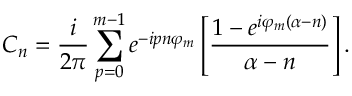
C _ { n } = \frac { i } { 2 \pi } \sum _ { p = 0 } ^ { m - 1 } e ^ { - i p n \varphi _ { m } } \left[ \frac { 1 - e ^ { i \varphi _ { m } ( \alpha - n ) } } { \alpha - n } \right] .